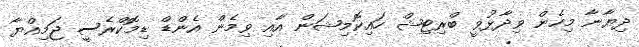
ދިޔާނާ މިހެން ވިދާޅުވީ ބްރިޓިޝް ހައިކޮމިޝަން އާއި ވިމެން އެންޑް ޑިމޮކްރެސީ ޖަމިއްޔާ